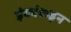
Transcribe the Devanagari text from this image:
इंकांकडून